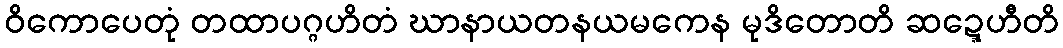
ဝိကောပေတုံ တထာပဂ္ဂဟိတံ ဃာနာယတနယမကေန မုဒိတောတိ ဆဍ္ဍေဟီတိ